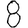
Digit: 8